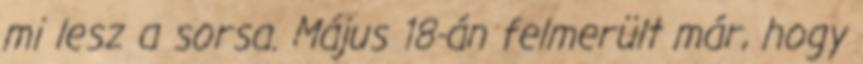
mi lesz a sorsa. Május 18-án felmerült már, hogy